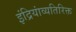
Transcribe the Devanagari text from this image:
इंद्रियांव्यतिरिक्त